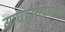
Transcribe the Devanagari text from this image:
व्यवहारांप्रमाणे